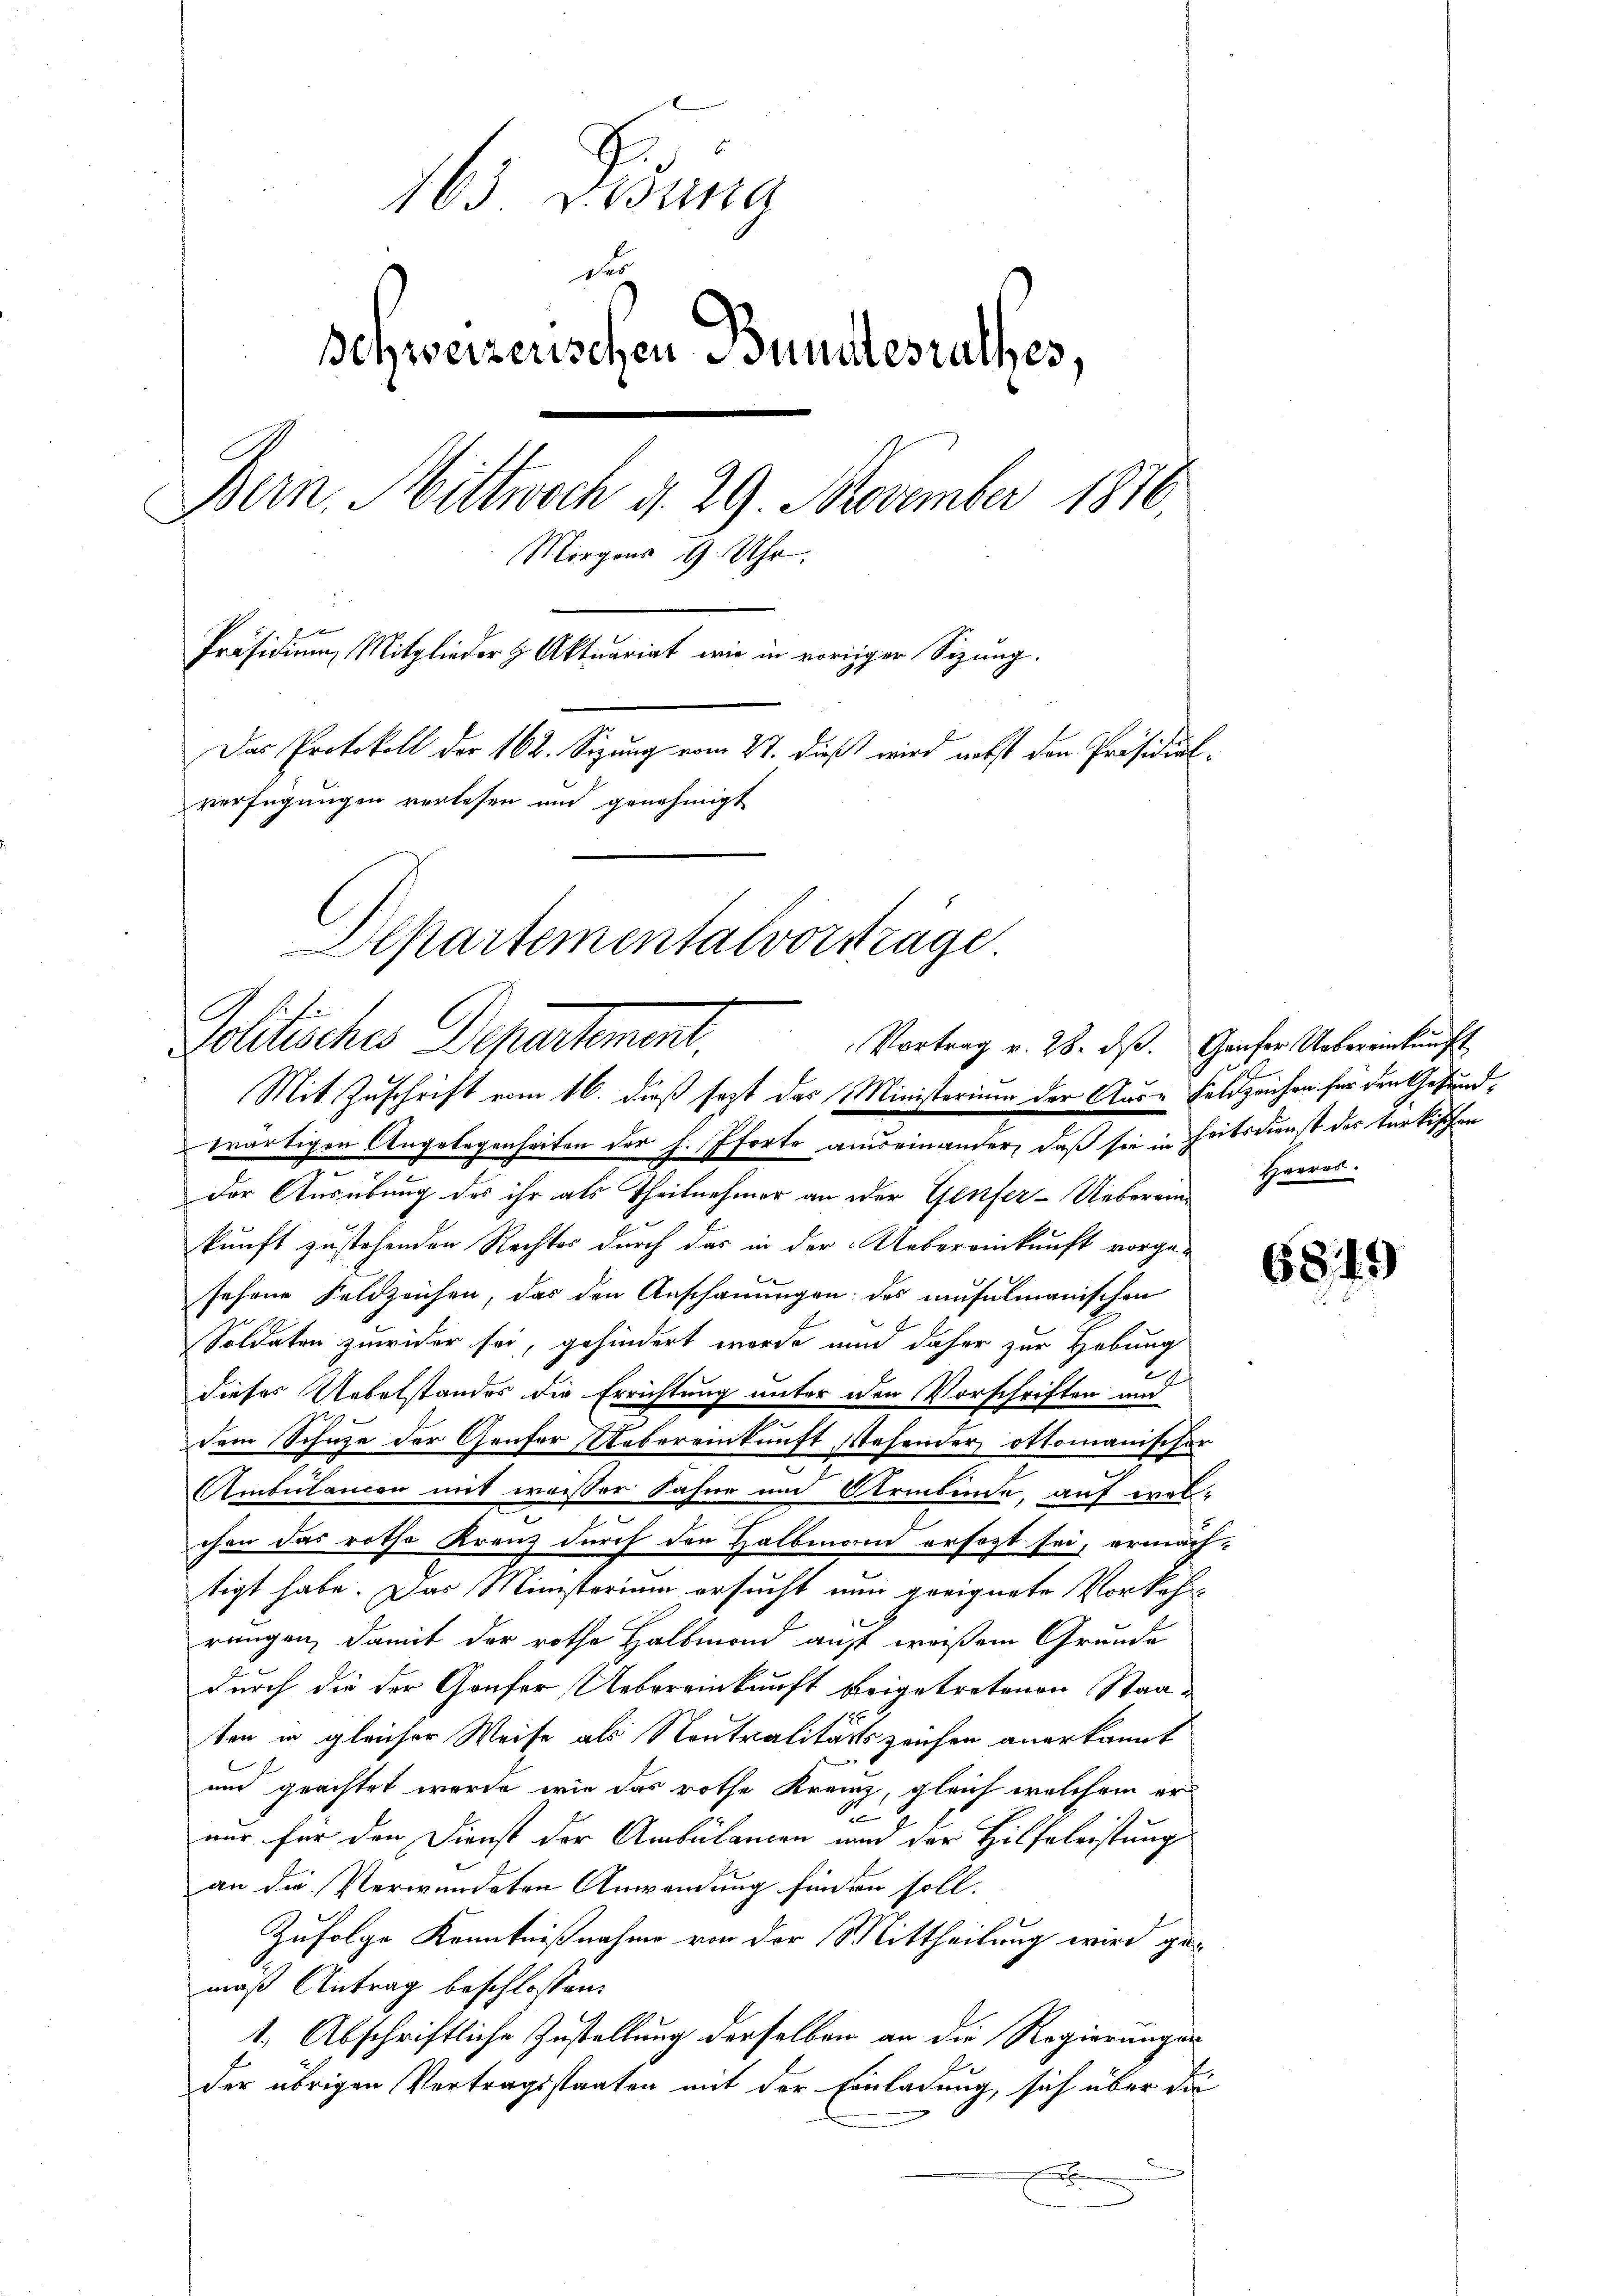
16 Dedung
der
Ichweizerischen Bundesrathes,
Bern, Mittwoch d. 29. November 1876.
Morgens 9 Uhr.
Präsidium, Mitglieder Aktuariat wie in voriger Sitzung.
Das Protokoll der 162. Sizung vom 27. dieß wird nebst den Präsidialverfügungen verlesen und genehmigt
Departementalvorsträge.
C

Zolitisches Departement.
Vortrag v. 28. ds.
Mit Zuschrift vom 16. dieß sezt das Ministerium der Aus- Feldzeichen für den Gesund¬

wärtigen Angelegenheiten der h. Pforte auseinander, daß sie in Zeitsdienst des türkischen
Der Ausübung des ihr als Theilnehmer an oder Genfer-Ueberein Herrer
kunft zustehenden Rechtes durch das in der Uebereinkunft vorge-
sehene Feldzeichen, das den Anschauungen: des musulmanischen
Soldaten zuwider sei, gehindert werde und daher zur Hebung
24
dieses Uebelstandes die Errichtung unter den Vorschriften und
dem Schuze der Genfer Uebereinkunft Wehender ottomanischer
Ambulanien mit weisser Fahne im Strebende, auf wel-
chen das rotha Kranz durch den Halbmand ersagt sei, ermächtigt habe. Das Ministerium ersucht nun geeignete Vorkehr
rungen, damit der rothe Halbmond auf weißem Grunde
durch die der Goufer Uebereinkunft beigetretenen Staa¬
188
ten in gleicher Weise als Neutralitärtszeichen anerkannt
und geachtet wurde, wie das rothe Kranz, gleich welchem er
t
nur für den Dienst der Ambulamen und der Hilfeleistung
an die Verwundeten Anwendung finden soll.
Zufolge Kenntnißnahme von der Mittheilung wird gemäß Antrag beschlossen:
1. Abschriftliche Zustellung derselben an die Regierungen
der übrigen Vertragsstaaten mit der Einladung, sich über die

Gaufer Uebereinkunft

6849